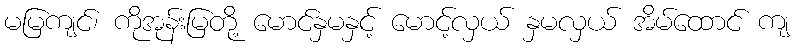
မမြကျင်၊ ကိုအုန်းမြတို့ မောင်နှမနှင့် မောင့်လှယ် နှမလှယ် အိမ်ထောင် ကျ